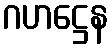
ဂဟဋ္ဌေန